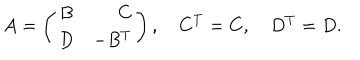
A = \left( \begin{array} { c r c } { { B } } & { { C } } \\ { { D } } & { { - B ^ { T } } } \\ \end{array} \right) , \quad C ^ { T } = C , \quad D ^ { T } = D .